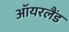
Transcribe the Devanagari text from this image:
ऑयरलैंड